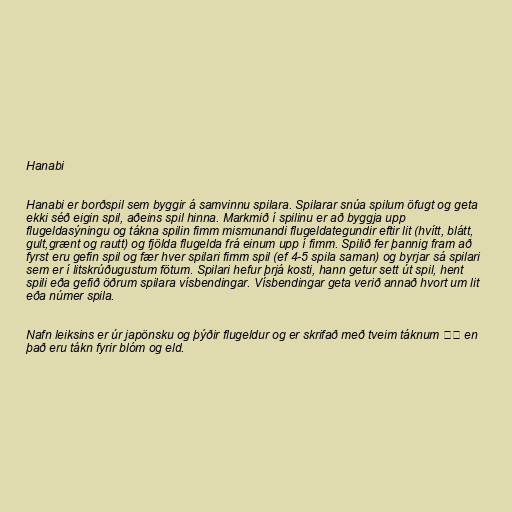
Hanabi

Hanabi er borðspil sem byggir á samvinnu spilara. Spilarar snúa spilum öfugt og geta
ekki séð eigin spil, aðeins spil hinna. Markmið í spilinu er að byggja upp
flugeldasýningu og tákna spilin fimm mismunandi flugeldategundir eftir lit (hvítt, blátt,
gult,grænt og rautt) og fjölda flugelda frá einum upp í fimm. Spilið fer þannig fram að
fyrst eru gefin spil og fær hver spilari fimm spil (ef 4-5 spila saman) og byrjar sá spilari
sem er í litskrúðugustum fötum. Spilari hefur þrjá kosti, hann getur sett út spil, hent
spili eða gefið öðrum spilara vísbendingar. Vísbendingar geta verið annað hvort um lit
eða númer spila.

Nafn leiksins er úr japönsku og þýðir flugeldur og er skrifað með tveim táknum 花火 en
það eru tákn fyrir blóm og eld.